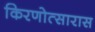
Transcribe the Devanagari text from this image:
किरणोत्सारास